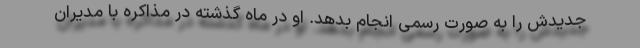
جدیدش را به صورت رسمی انجام بدهد. او در ماه گذشته در مذاکره با مدیران